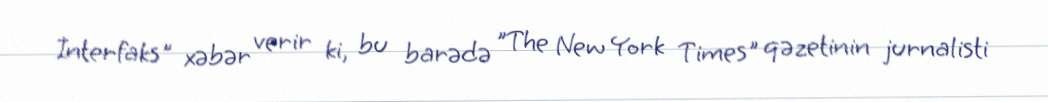
İnterfaks" xəbər verir ki, bu barədə "The New York Times" qəzetinin jurnalisti